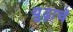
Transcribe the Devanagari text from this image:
युढ़ाचे